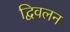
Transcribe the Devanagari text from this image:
द्विवलन